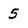
Character: 5